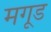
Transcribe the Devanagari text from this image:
मगूड